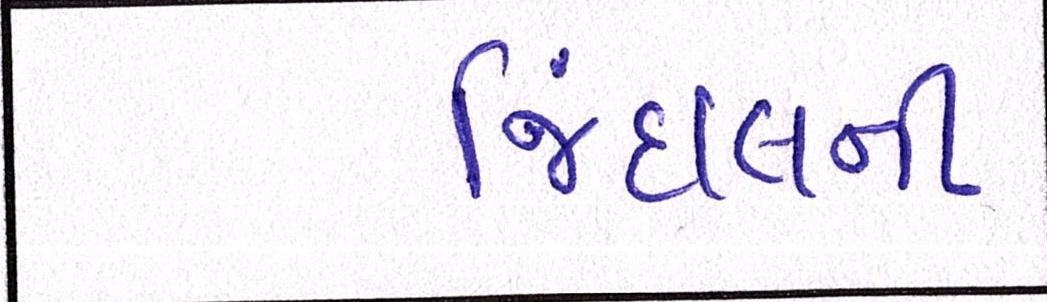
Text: જિંદાલની